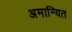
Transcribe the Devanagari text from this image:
अमान्यित